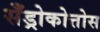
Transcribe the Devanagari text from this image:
सँड्रोकोत्तोस